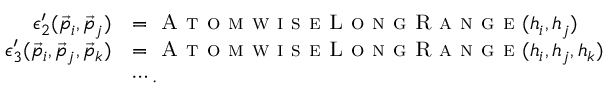
\begin{array} { r l } { \epsilon _ { 2 } ^ { \prime } ( \vec { p } _ { i } , \vec { p } _ { j } ) } & { = \textsc { A t o m w i s e L o n g R a n g e } ( h _ { i } , h _ { j } ) } \\ { \epsilon _ { 3 } ^ { \prime } ( \vec { p } _ { i } , \vec { p } _ { j } , \vec { p } _ { k } ) } & { = \textsc { A t o m w i s e L o n g R a n g e } ( h _ { i } , h _ { j } , h _ { k } ) } \\ & { \cdots . } \end{array}